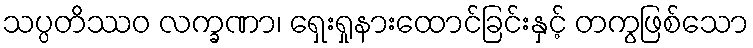
သပ္ပတိဿဝ လက္ခဏာ၊ ရှေးရှုနားထောင်ခြင်းနှင့် တကွဖြစ်သော